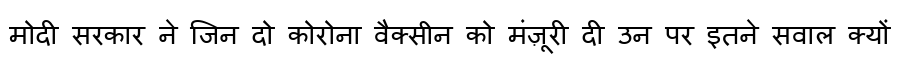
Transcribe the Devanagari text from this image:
मोदी सरकार ने जिन दो कोरोना वैक्सीन को मंज़ूरी दी उन पर इतने सवाल क्यों